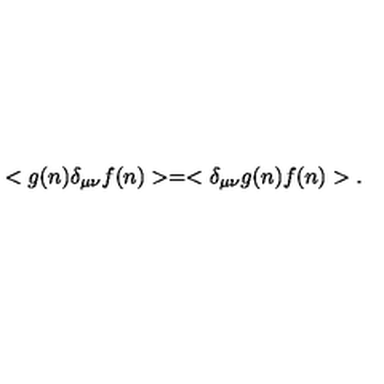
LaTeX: < g ( n ) \delta _ { \mu \nu } f ( n ) > = < \delta _ { \mu \nu } g ( n ) f ( n ) > .